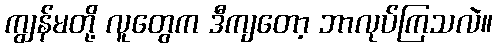
ကျွန်မတို့ လူတွေက ဒီကျတော့ ဘာလုပ်ကြသလဲ။